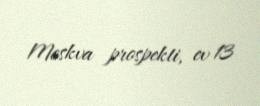
Moskva prospekti, ev 13